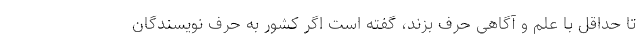
تا حداقل با علم و آگاهی حرف بزند، گفته است اگر کشور به حرف نویسندگان